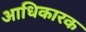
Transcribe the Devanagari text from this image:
अाधिकारक